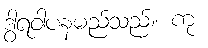
ဒွါရဝါပနမည်သည်။ ကု